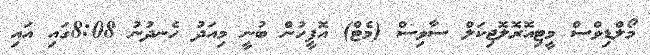
މޯލްޑިވްސް މީޓިއޮރޮލޮޖިކަލް ސާވިސް (މެޓް) އޮފީހުން ބުނީ މިއަދު ހެނދުނު 8:08ގައި އައި